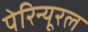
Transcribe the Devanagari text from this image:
पेरिन्यूरल